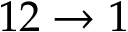
1 2 \to 1